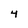
Character: 4